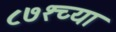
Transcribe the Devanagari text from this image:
८७१च्या